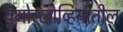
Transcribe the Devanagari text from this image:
युगोस्लोव्हियातील